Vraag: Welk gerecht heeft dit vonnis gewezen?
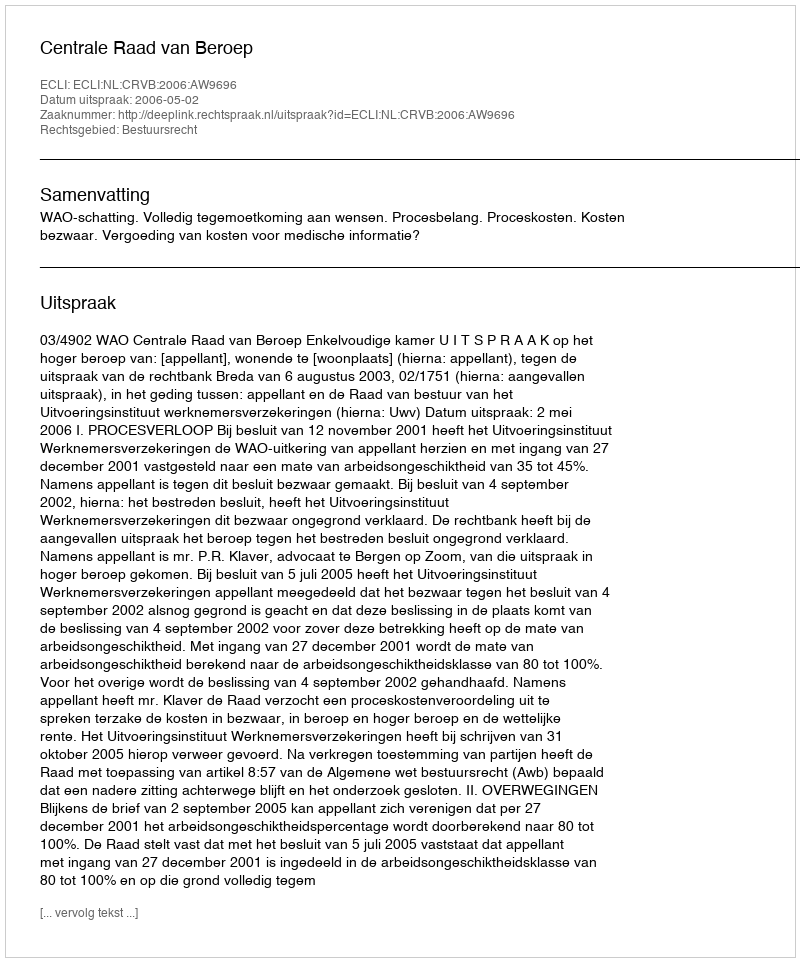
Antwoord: Centrale Raad van Beroep